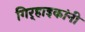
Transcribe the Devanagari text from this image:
गिर्‍हाइकांनी